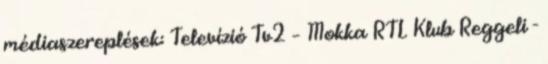
médiaszereplések: Televízió Tv2 – Mokka RTL Klub Reggeli -